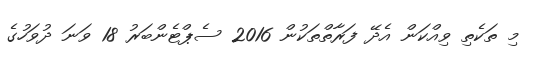
މި ތަކެތި ވިއްކަން އެދޭ ފަރާތްތަކުން 2016 ސެޕްޓެންބަރު 18 ވަނަ ދުވަހުގެ